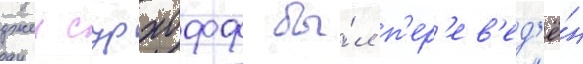
джеи сурхофф бы́л п'ер'ев'ед'ё́н